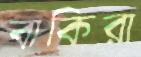
বাকিরা